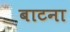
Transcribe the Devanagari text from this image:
बाटना